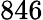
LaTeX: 846